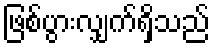
ဖြစ်ပွားလျှက်ရှိသည်